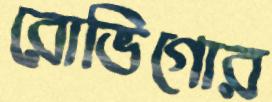
রোভিগোর